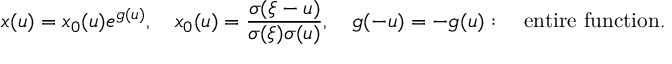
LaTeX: x ( u ) = x _ { 0 } ( u ) e ^ { g ( u ) } , \quad x _ { 0 } ( u ) = { \frac { \sigma ( \xi - u ) } { \sigma ( \xi ) \sigma ( u ) } } , \quad g ( - u ) = - g ( u ) : \quad \mathrm { e n t i r e ~ f u n c t i o n } .